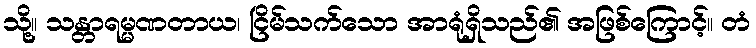
သို့။ သန္တာရမ္မဏတာယ၊ ငြိမ်သက်သော အာရုံရှိသည်၏ အဖြစ်ကြောင့်။ တံ